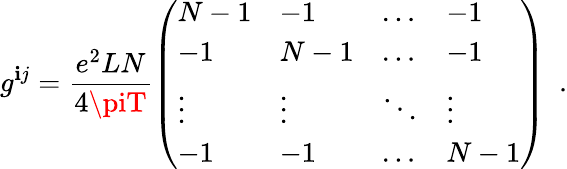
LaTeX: g^{\mathbf{i}j}=\frac{{e^{2}LN}}{{4\piT}}\left(\begin{array}{llll}{{N-1}}&{{-1}}&{{\ldots}}&{{-1}}\\ {{-1}}&{{N-1}}&{{\ldots}}&{{-1}}\\ {{\vdots}}&{{\vdots}}&{{\ddots}}&{{\vdots}}\\ {{-1}}&{{-1}}&{{\ldots}}&{{N-1}}\end{array}\right)\ \ .